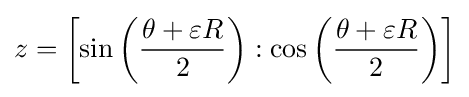
z=\left[\sin \left({\frac {\theta +\varepsilon R}{2}}\right):\cos \left({\frac {\theta +\varepsilon R}{2}}\right)\right]